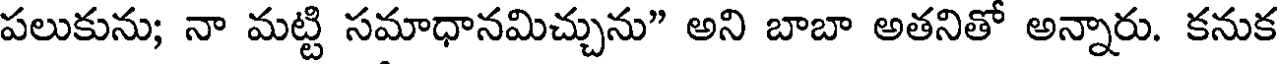
పలుకును; నా మట్టి సమాధానమిచ్చును" అని బాబా అతనితో అన్నారు. కనుక